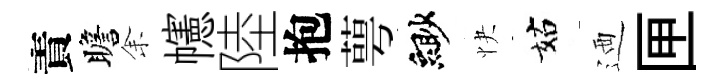
責瞻𪜬幰陸抱萼緲快姑迺匣